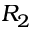
R _ { 2 }